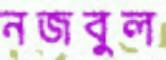
নজবুল